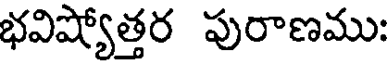
భవిష్యోత్తర పురాణము: